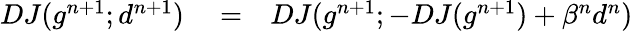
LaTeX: \begin{array}{rlr}{DJ(g^{n+1};d^{n+1})}&{{}=}&{DJ(g^{n+1};-DJ(g^{n+1})+\beta^{n}d^{n})}\end{array}